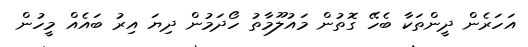
އަހަރެން ދީންތަކާ ބެހޭ ގޮތުން މައުލޫމާތު ހޯދަމުން ދިޔަ އިރު ބައެއް މީހުން